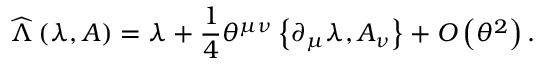
\widehat { \Lambda } \left( \lambda , A \right) = \lambda + \frac { 1 } { 4 } \theta ^ { \mu \nu } \left\{ \partial _ { \mu } \lambda , A _ { \nu } \right\} + { \cal O } \left( \theta ^ { 2 } \right) .